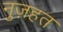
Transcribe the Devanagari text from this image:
नुज़हत